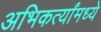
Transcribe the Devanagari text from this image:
अभिकर्त्यांमध्ये